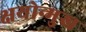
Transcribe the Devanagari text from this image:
क्षयोन्मुख